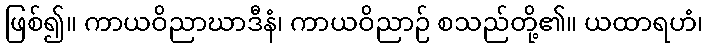
ဖြစ်၍။ ကာယဝိညာဃာဒီနံ၊ ကာယဝိညာဉ် စသည်တို့၏။ ယထာရဟံ၊